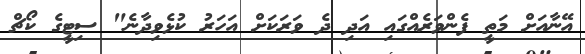
އޭނާއަށް މަތީ ފެންވަރެއްގައި އަދި ދެ ވަރަކަށް އަހަރު ކުޅެވިދާނެ" ސިޓީގެ ކޯޗް